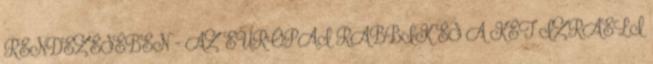
RENDEZÉSÉBEN - AZ EURÓPAI RABBIK ÉS A KÉT IZRAELI